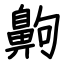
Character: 齁